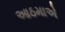
આઠમાએ